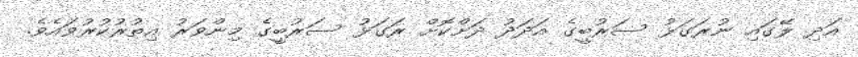
އަދި ލޭގައި ނުރަގަޅު ސަރުބީގެ އަދަދު ދަށްކޮށް ރަގަޅު ސަރުބީގެ މިންވަރު އިތުރުކުރުވައެވެ.